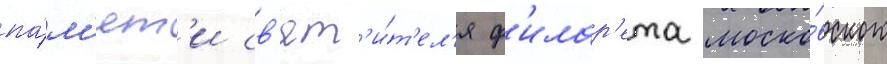
па́м'ят'и св'ят'и́т'ел'я ф'илар'ета моско́вского